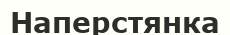
Наперстянка